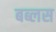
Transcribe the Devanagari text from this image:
बब्लस